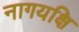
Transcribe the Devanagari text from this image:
नागयक्षि